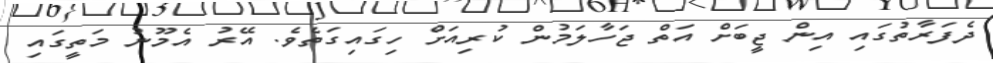
ދެފަރާތުގައި އިން ޖީބަށް އަތް ޖަހާލަމުން ކުރިއަށް ހިގައިގަތެވެ. އޭރު އެމޫނު މަތީގައި